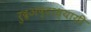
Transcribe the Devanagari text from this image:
रुद्रअष्‍टाध्‍यायी